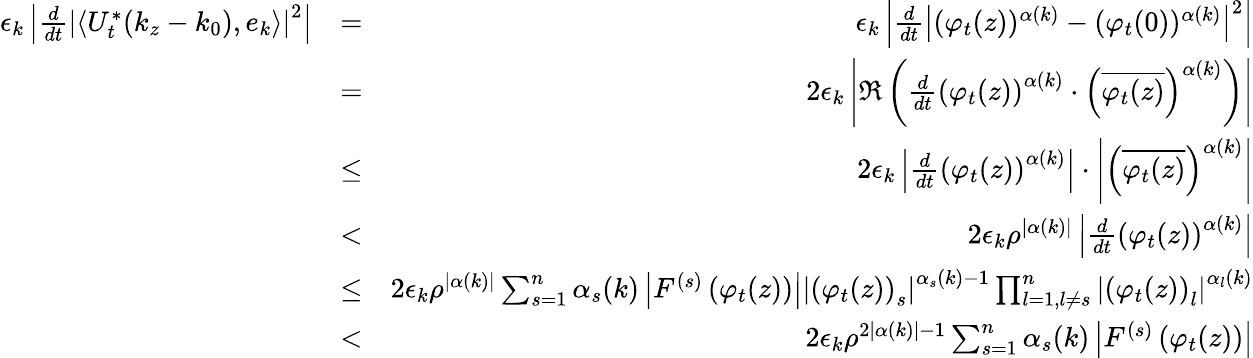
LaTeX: \begin{array}{rlr}{\epsilon_{k}\left|\frac{d}{dt}\left|\left\langle U_{t}^{*}(k_{z}-k_{0}),e_{k}\right\rangle\right|^{2}\right|}&{=}&{\epsilon_{k}\left|\frac{d}{dt}\left|(\varphi_{t}(z))^{\alpha(k)}-(\varphi_{t}(0))^{\alpha(k)}\right|^{2}\right|}\\ &{=}&{2\epsilon_{k}\left|\Re\left(\frac{d}{dt}\left(\varphi_{t}(z)\right)^{\alpha(k)}\cdot\left(\overline{{\varphi_{t}(z)}}\right)^{\alpha(k)}\right)\right|}\\ &{\leq}&{2\epsilon_{k}\left|\frac{d}{dt}\left(\varphi_{t}(z)\right)^{\alpha(k)}\right|\cdot\left|\left(\overline{{\varphi_{t}(z)}}\right)^{\alpha(k)}\right|}\\ &{<}&{2\epsilon_{k}\rho^{|\alpha(k)|}\left|\frac{d}{dt}\left(\varphi_{t}(z)\right)^{\alpha(k)}\right|}\\ &{\leq}&{2\epsilon_{k}\rho^{|\alpha(k)|}\sum_{s=1}^{n}\alpha_{s}(k)\left|F^{(s)}\left(\varphi_{t}(z)\right)\right|\left|\left(\varphi_{t}(z)\right)_{s}\right|^{\alpha_{s}(k)-1}\prod_{l=1,l\neq s}^{n}\left|\left(\varphi_{t}(z)\right)_{l}\right|^{\alpha_{l}(k)}}\\ &{<}&{2\epsilon_{k}\rho^{2|\alpha(k)|-1}\sum_{s=1}^{n}\alpha_{s}(k)\left|F^{(s)}\left(\varphi_{t}(z)\right)\right|}\end{array}